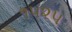
૧૫૨૫